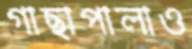
গাছাপালাও